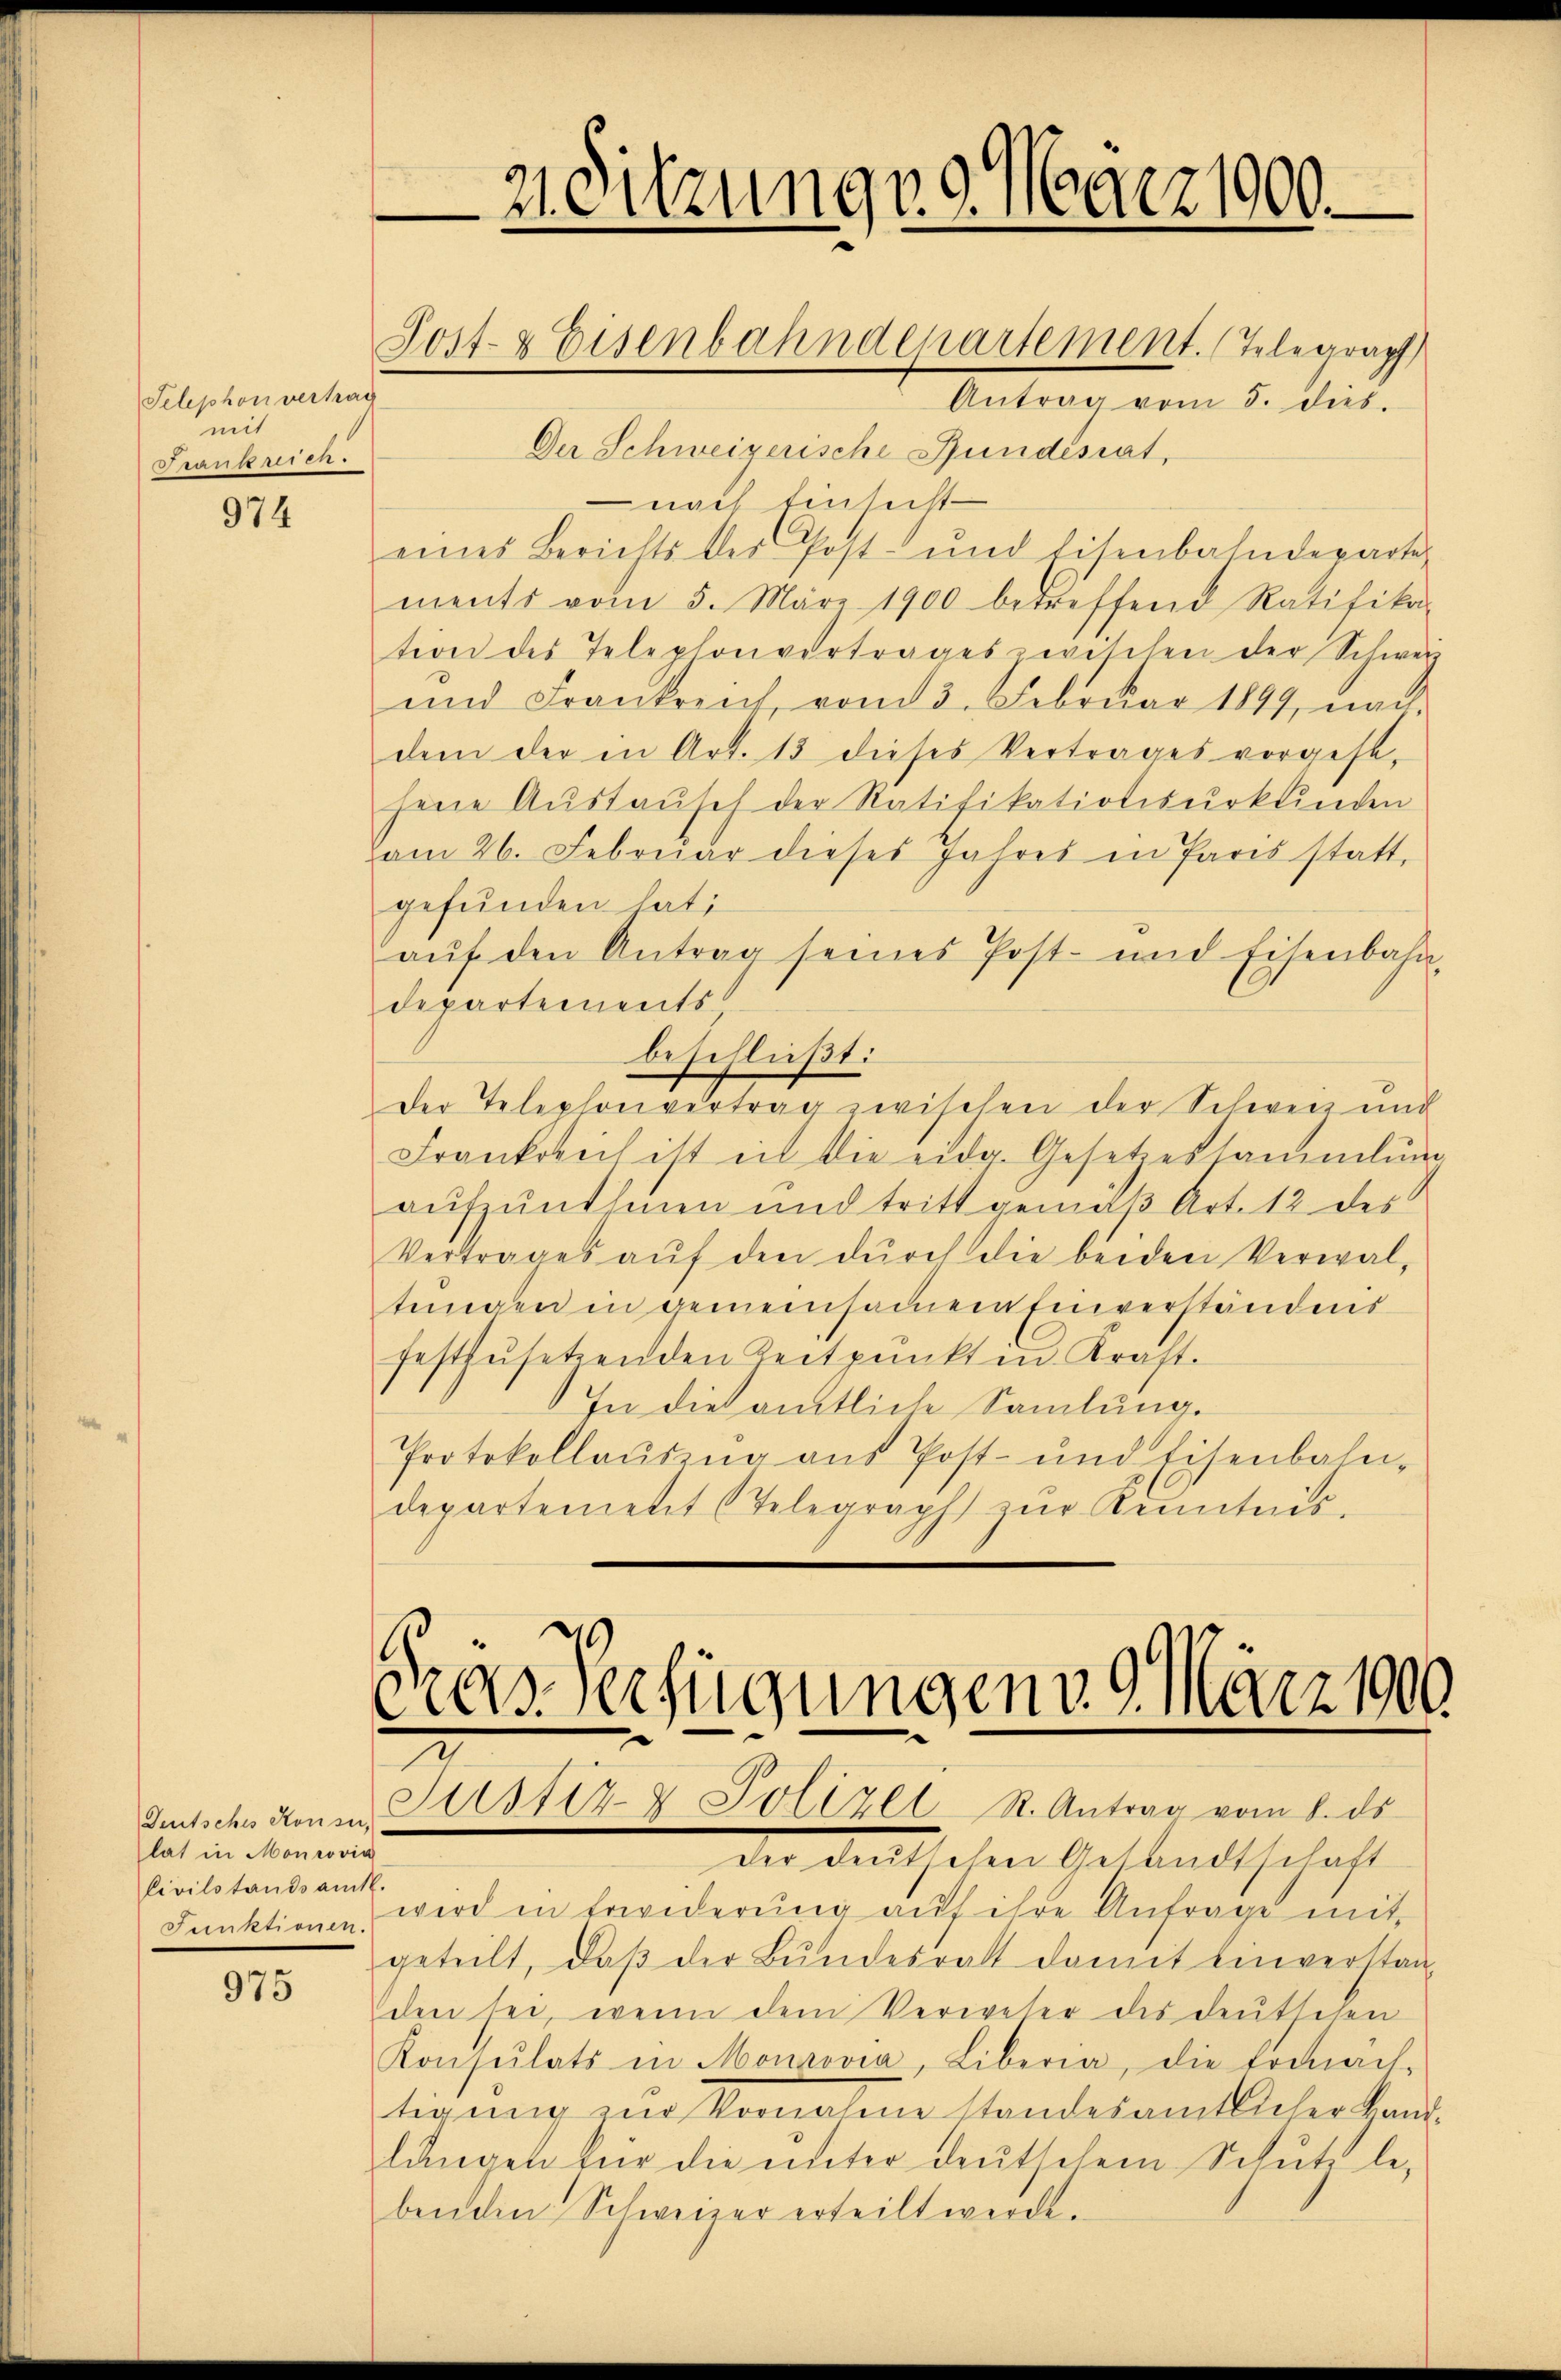
Telephon verhag
mit
Frankreien.

974

Deutsches Konsur,
lat in Monrovia
Civilstandsamt.
Funktionen.

975

21. Sitzung v. 9. März 1900.
Post- & Eisenbahndepartement. Telegraph
Antrag vom 5. dies.

Der Schweizerische Fundésiat,
nach Einsicht
eines Berichts der Post- und Eisenbahndeparte
ments vom 5. März 1900 betreffend Ratifika-
tion des Telephonvertrages zwischen der Schweiz
und Frankreich, vom 3. Februar 1849, nach
dem der in Art. 13 dieses Vertrages vorgest,
hene Aŭstaŭsch der Ratifikationsurkunden
Vom 26. Februar dieses Jahres in Paris statt,
gefunden hat;
aŭf den Antrag seines Post- und Eisenbahn-
departements
beschließt:
der Telephonvertrag zwischen der Schweiz und
Frankovich ist in die eidg. Gesetzessammlung
aufzunehmen und tritt gemäß Art. 12 des
Vertrages aŭf den dŭrch die beiden Verwal-
tungen in gemeinsamen Einverständnis
festzusetzenden Zeitpunkt in Kraft.
In die amtliche Sammlung.
Protokollaŭszŭg aŭs Post- und Eisenbahn-
departemetit (Telegraph zŭr Kenntnis.

Das Verfügungen v. 9. März 1900
.
Justiz- & Polizei R. Antrag vom 8. ds.

dier deutschen Gesandtschaft
wird in Erwiderung aŭf ihre Anfrage mit
geteilt, daß der Bundesrath damit einverstanden sei, wenn dem Verweser des deutschen
Konsulats in Mourovia, Liberia, die Ermäch-
tigŭng zŭr Vornahme standesamtlicher kant
lungen für die unter deutschem Schutz le-
benden Schweizer erteilt werde.